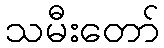
သမီးတော်